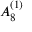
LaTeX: { A } _ { 8 } ^ { ( 1 ) }